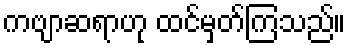
ကဗျာဆရာဟု ထင်မှတ်ကြသည်။